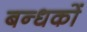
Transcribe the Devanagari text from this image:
बन्धकों